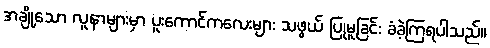
အချို့သော လူနာများမှာ ပူးကောင်ကလေးများ သဖွယ် ပြုမူခြင်း ခံခဲ့ကြရပါသည်။